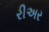
રીઅર